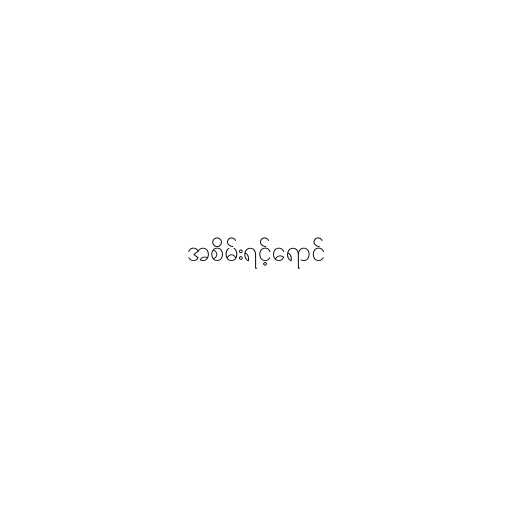
အစိမ်းရင့်ရောင်